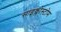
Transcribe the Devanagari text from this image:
साइक्लोस्टोम